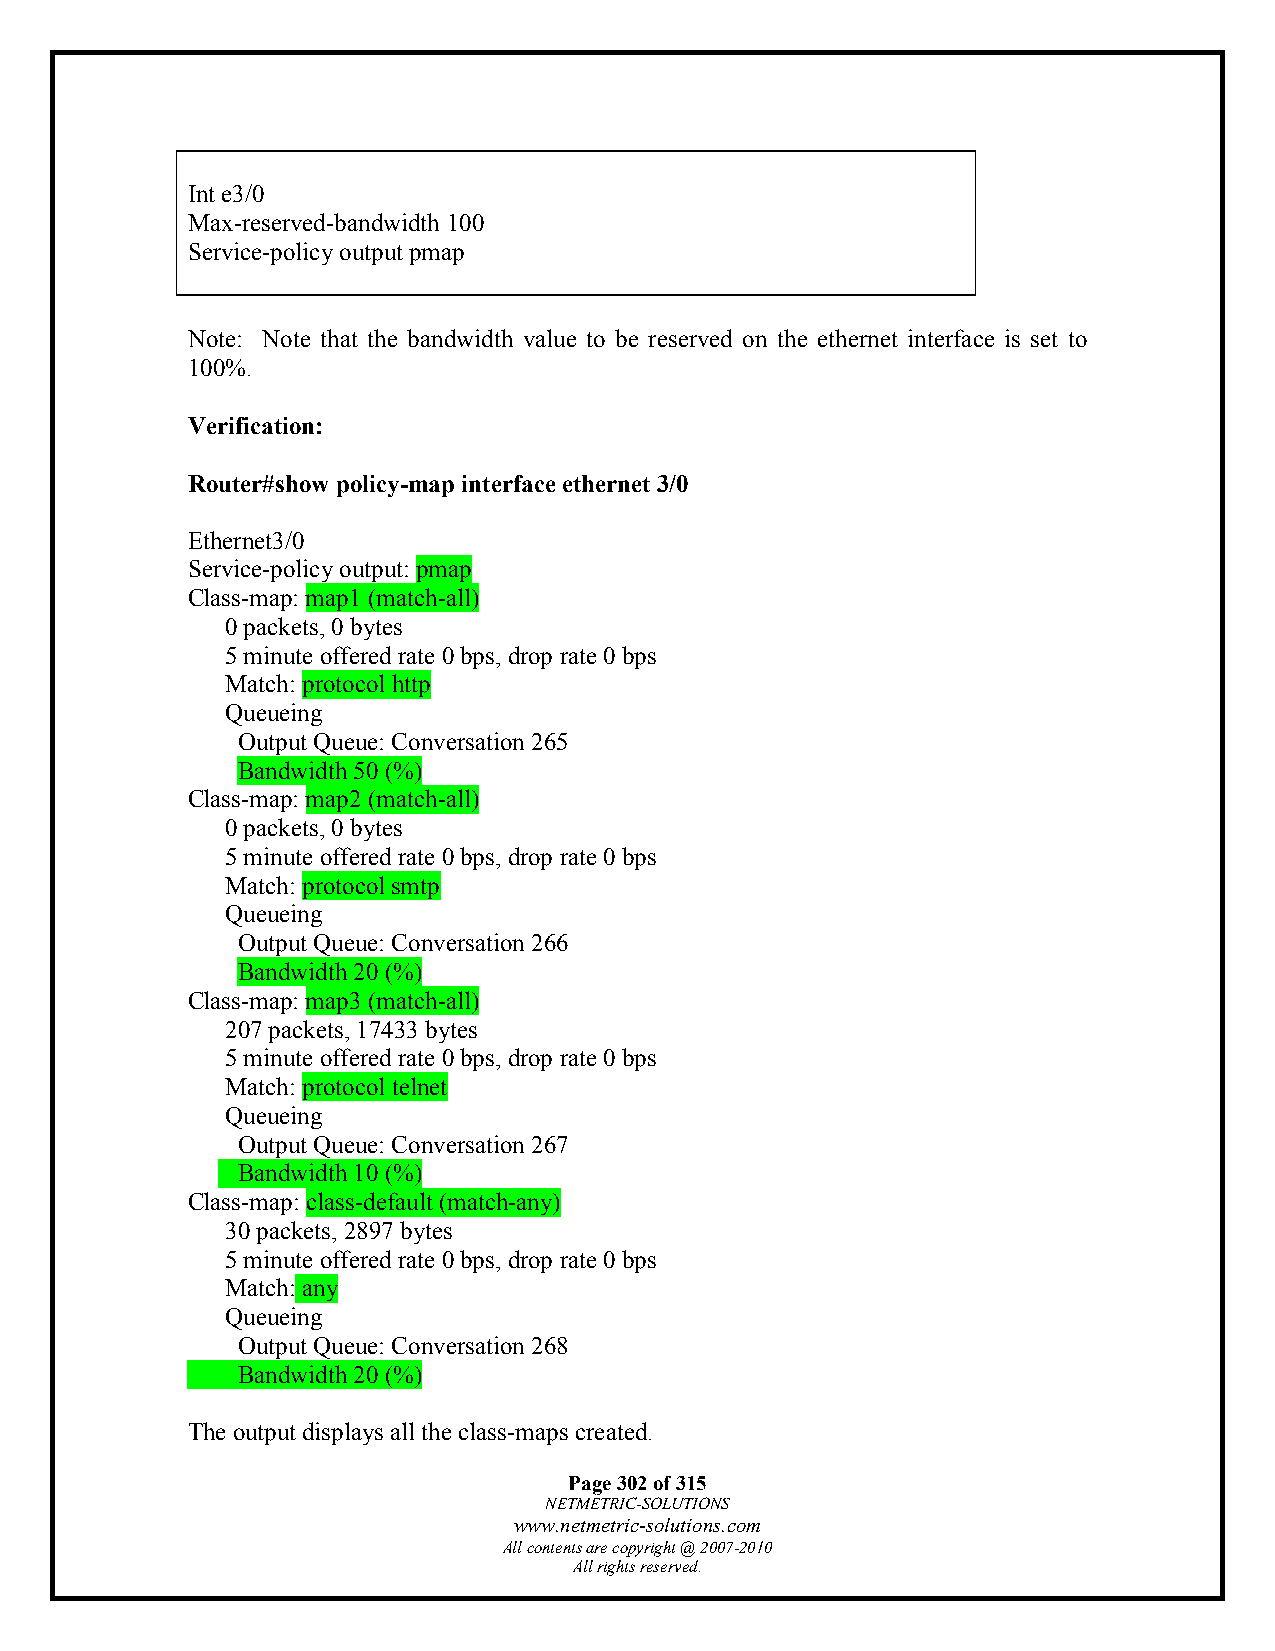
Int e3/0
 Max-reserved-bandwidth 100
 Service-policy output pmap
 Note: Note that the bandwidth value to be reserved on the ethernet interface is set to
 100%.
 Verification:
 Router#show policy-map interface ethernet 3/0
 Ethernet3/0
 Service-policy output: pmap
 Class-map: map1 (match-all)
 0 packets, 0 bytes
 5 minute offered rate 0 bps, drop rate 0 bps
 Match: protocol http
 Queueing
 Output Queue: Conversation 265
 Bandwidth 50 (%)
 Class-map: map2 (match-all)
 0 packets, 0 bytes
 5 minute offered rate 0 bps, drop rate 0 bps
 Match: protocol smtp
 Queueing
 Output Queue: Conversation 266
 Bandwidth 20 (%)
 Class-map: map3 (match-all)
 207 packets, 17433 bytes
 5 minute offered rate 0 bps, drop rate 0 bps
 Match: protocol telnet
 Queueing
 Output Queue: Conversation 267
 Bandwidth 10 (%)
 Class-map: class-default (match-any)
 30 packets, 2897 bytes
 5 minute offered rate 0 bps, drop rate 0 bps
 Match: any
 Queueing
 Output Queue: Conversation 268
 Bandwidth 20 (%)
 The output displays all the class-maps created.
 Page 302 of 315
 NETMETRIC-SOLUTIONS
 www.netmetric-solutions.com
 All contents are copyright @ 2007-2010
 All rights reserved.